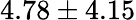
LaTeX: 4.78\pm 4.15